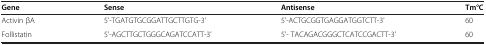
| Gene | Sense | Antisense | Tm°C |
 | --- | --- | --- | --- |
 | Activin βA | 5'-TGATGTGCGGATTGCTTGTG-3' | 5'-ACTGCGGTGAGGATGGTCTT-3' | 60 |
 | Follistatin | 5'-AGCTTGCTGGGCAGATCCATT-3' | 5'- TACAGACGGGCTCATCCGACTT-3' | 60 |